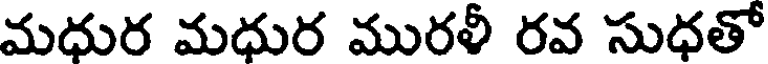
మధుర మధుర మురళీ రవ సుధతో